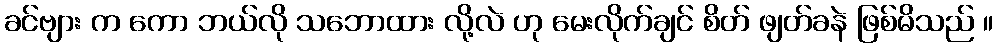
ခင်ဗျား က ကော ဘယ်လို သဘောထား လို့လဲ ဟု မေးလိုက်ချင် စိတ် ဖျတ်ခနဲ ဖြစ်မိသည် ။